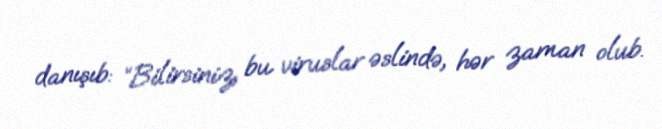
danışıb: “Bilirsiniz, bu viruslar əslində, hər zaman olub.